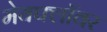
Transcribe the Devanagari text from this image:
मेयफ्लाॅवर